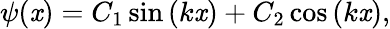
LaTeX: \psi(\mathit{x})=C_{1}\sin\left(k\mathit{x}\right)+C_{2}\cos\left(k\mathit{x}\right),